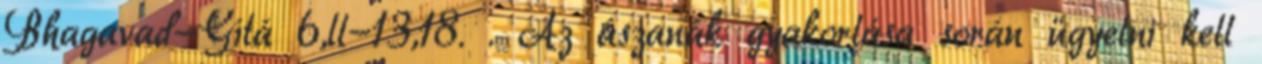
Bhagavad-Gítá 6,ll-13,18. . Az ászanák gyakorlása során ügyelni kell